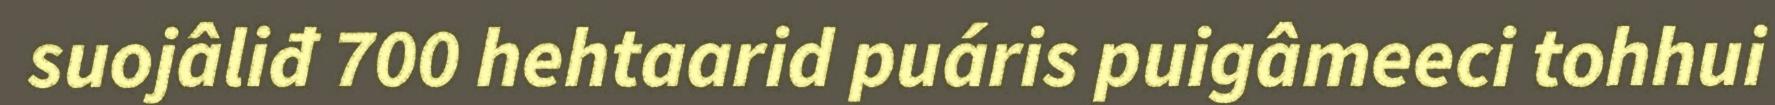
suojâliđ 700 hehtaarid puáris puigâmeeci tohhui